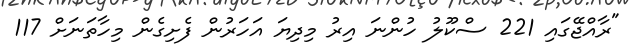
"ރާއްޖޭގައި 221 ސްކޫލު ހުންނަ އިރު މިދިޔަ އަހަރުން ފެށިގެން މިހާތަނަށް 117